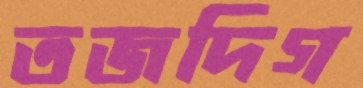
তজদিগ